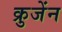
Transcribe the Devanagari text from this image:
क्रुजेंन